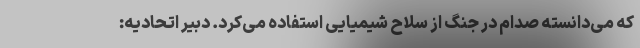
که می‌دانسته صدام در جنگ از سلاح شیمیایی استفاده می‌کرد. دبیر اتحادیه: